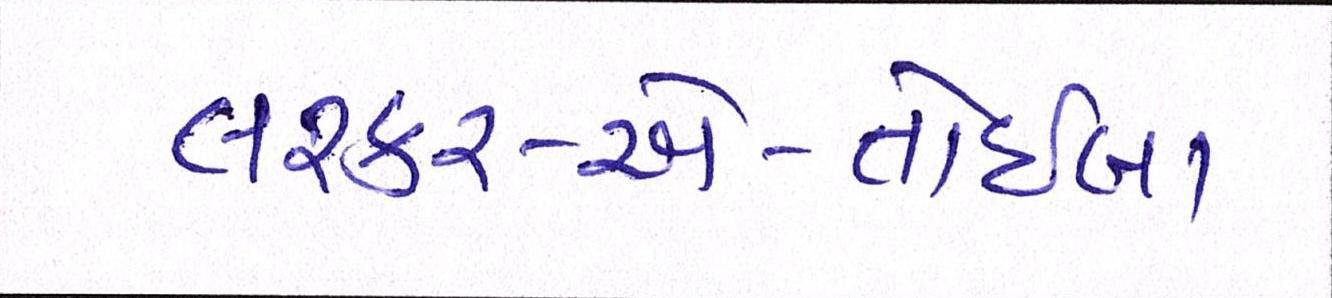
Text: લશ્કર-એ-તોઈબા